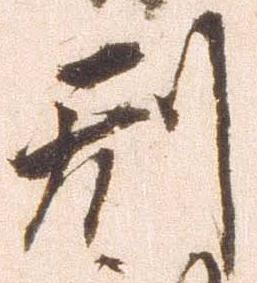
形